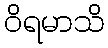
ဝိရမာသိ